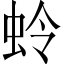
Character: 蛉